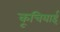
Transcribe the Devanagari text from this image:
कूचियाई